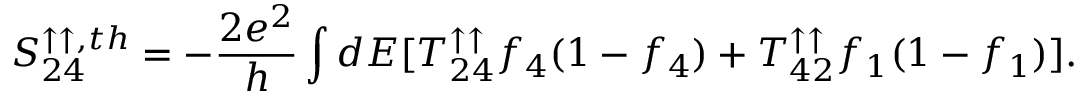
{ S _ { 2 4 } ^ { \uparrow \uparrow , t h } } = - \frac { 2 e ^ { 2 } } { h } \int d E [ T _ { 2 4 } ^ { \uparrow \uparrow } f _ { 4 } ( 1 - f _ { 4 } ) + T _ { 4 2 } ^ { \uparrow \uparrow } f _ { 1 } ( 1 - f _ { 1 } ) ] .